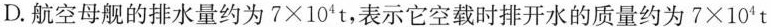
D.航空母舰的排水量约为$$7 \times 10^{4} t$$，表示它空载时排开水的质量约为$$7 \times 10^{4} t$$